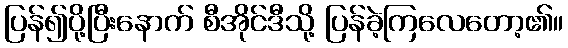
ပြန်၍ပို့ပြီးနောက် စီအိုင်ဒီသို့ ပြန်ခဲ့ကြလေတော့၏။